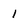
Character: 1